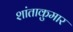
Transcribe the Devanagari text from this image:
शांताकुमार